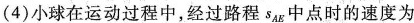
(4)小球在运动过程中，经过路程S_{AB}中点时的速度为